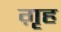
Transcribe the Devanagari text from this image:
ग़ृह